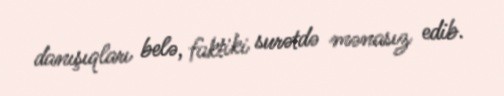
danışıqları belə, faktiki surətdə mənasız edib.